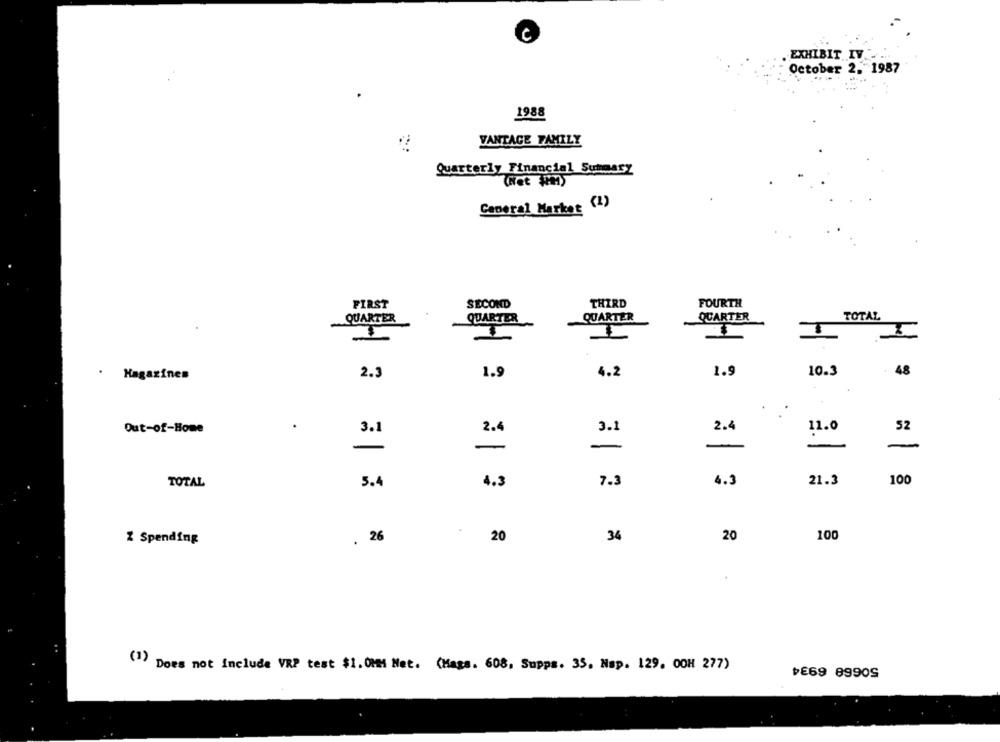
EXHIBIT IV.
October 2, 1987
1988
VANTAGE FAMILY
Quarterly Financial Summary
General Marker (1)
FIRST
SECOND
THIRD
FOURTH
QUARTER
QUARTER
QUARTER
QUARTER
TOTAL
1.9
4.2
1.9
10.3
. 48
Magazines
2.3
Out-of-Home
3.1
2.4
3.1
2.4
52
11.0
-
-
-
TOTAL
5.4
4.3
7.3
4.3
21.3
100
% Spending
. 26
20
34
20
100
(1)
Does not include VRP test $1. 0Mm Net. (Mass. 608, Supps. 35, Nap. 129. OCH 277)
৳E69 8990S